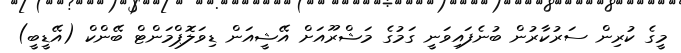
މީގެ ކުރިން ސަރުކާރުން ބުނެފައިވަނީ ގަމުގެ މަޝްރޫއަށް އޭޝީއަން ޑިވަލޮޕްމަންޓް ބޭންކް (އޭޑީބީ)